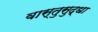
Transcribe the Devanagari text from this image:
वास्तुसुद्धा